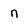
Character: n